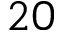
2 0